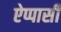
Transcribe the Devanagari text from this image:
ऐप्पासी